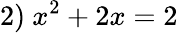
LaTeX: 2)\ x^{2}+2x=2